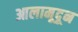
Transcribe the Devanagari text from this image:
आलामूदून